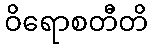
ဝိရောစတီတိ